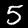
Label: 5